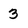
Character: 3